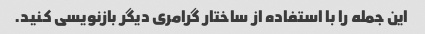
این جمله را با استفاده از ساختار گرامری دیگر بازنویسی کنید.